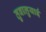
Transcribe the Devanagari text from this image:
तुवालुयाई